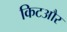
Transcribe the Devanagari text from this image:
किटऔर